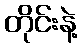
တိုင်းနဲ့